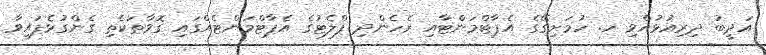
އަދީބު ދިރިއުޅުއްވި ހ. ހުމަށިގޭގެ އެޕާޓްމަންޓާއި ރެހެންދި ފްލެޓުގެ އެޕާޓްމަންޓެއްގައި ގޮވާތަކެތި ގެންގުޅެފައިވާ